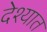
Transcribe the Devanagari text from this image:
देश्यात